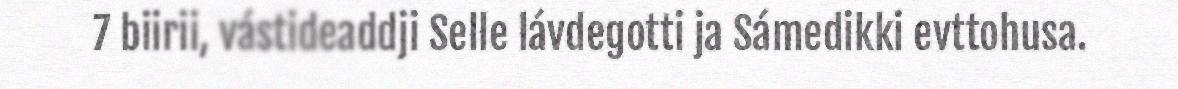
7 biirii, vástideaddji Selle lávdegotti ja Sámedikki evttohusa.